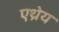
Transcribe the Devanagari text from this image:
एथ्रेय